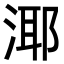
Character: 𪶘